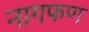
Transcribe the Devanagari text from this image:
नागफण